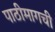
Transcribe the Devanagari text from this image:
पाठीमागची